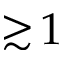
\gtrsim \! 1